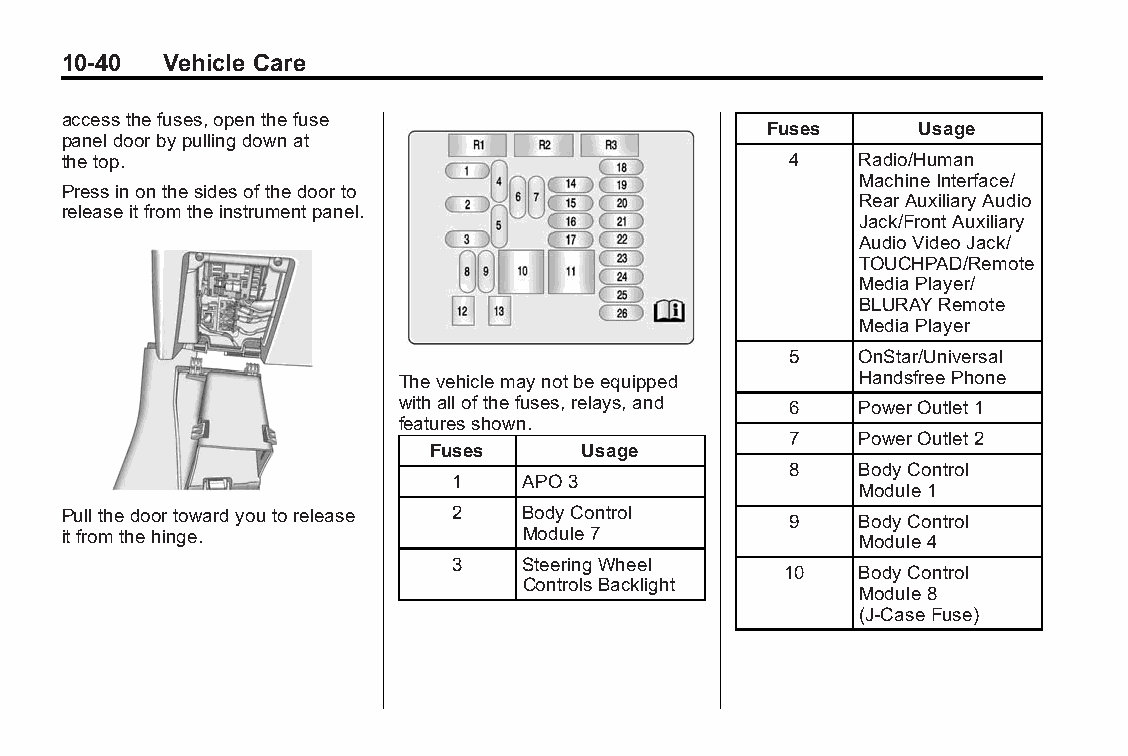
Buick LaCrosse Owner Manual (GMNA-Localizing-U.S./Canada/Mexico- Blackplate(40,1)
 6043609)-2014-2ndEdition-10/17/13
 10-40  Vehicle Care
 accessthefuses,openthefuse
 Fuses      Usage
 paneldoorbypullingdownat
 thetop.                                         4    Radio/Human
 MachineInterface/
 Pressinonthesidesofthedoorto
 RearAuxiliaryAudio
 releaseitfromtheinstrumentpanel.
 Jack/FrontAuxiliary
 AudioVideoJack/
 TOUCHPAD/Remote
 MediaPlayer/
 BLURAYRemote
 MediaPlayer
 5    OnStar/Universal
 Thevehiclemaynotbeequipped     HandsfreePhone
 withallofthefuses,relays,and 6 PowerOutlet1
 featuresshown.
 7    PowerOutlet2
 Fuses     Usage
 8    BodyControl
 1   APO3
 Module1
 Pullthedoortowardyoutorelease 2 BodyControl     9    BodyControl
 itfromthehinge.               Module7                Module4
 3   SteeringWheel
 10   BodyControl
 ControlsBacklight
 Module8
 (J-CaseFuse)